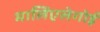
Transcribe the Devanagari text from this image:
मालिएलेगोई